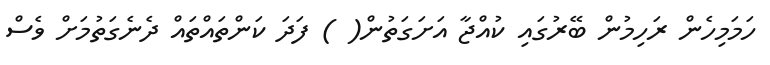
ހަމަމިހެން ރަހިމުން ބޭރުގައި ކުއްޖާ އަށަގަތުން( ) ފަދަ ކަންތައްތައް ދެނެގަތުމަށް ވެސް